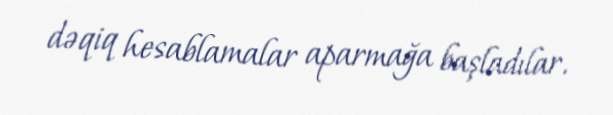
dəqiq hesablamalar aparmağa başladılar.